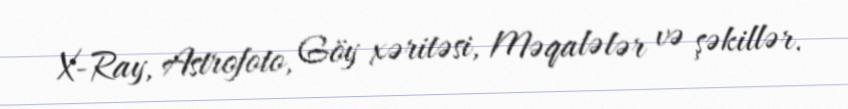
X-Ray, Astrofoto, Göy xəritəsi, Məqalələr və şəkillər.